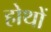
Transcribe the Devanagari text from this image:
होथों